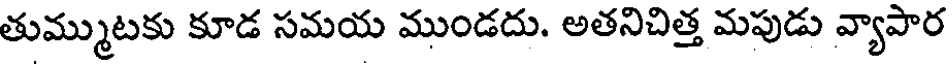
తుమ్ముటకు కూడ సమయ ముండదు. అతనిచిత్త మపుడు వ్యాపార